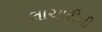
લાચારીની